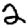
Digit: 2